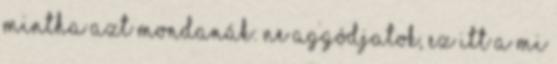
mintha azt mondanák: ne aggódjatok, ez itt a mi